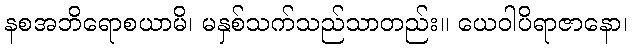
နစအဘိရောစယာမိ၊ မနှစ်သက်သည်သာတည်း။ ယေဝါပိရာဇာနော၊